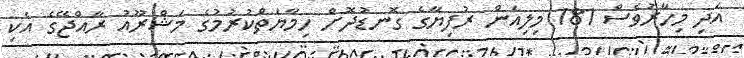
އަދި މިހާރުވެސް 181 މިލިއަން ރުފިޔާގެ ގޮނޑުދޮށް ހިމާޔަތްކުރުމުގެ މަޝްރޫއު ރާއްޖޭގެ އެކި